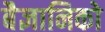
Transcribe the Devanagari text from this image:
बैज्ञानिको